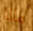
ماذا